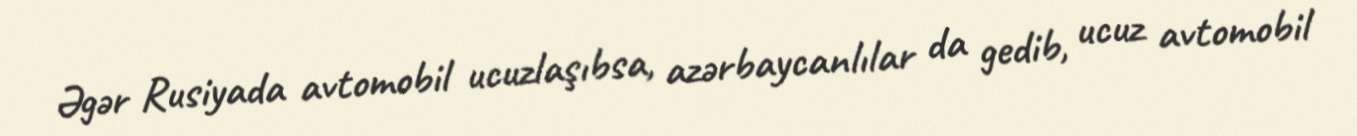
Əgər Rusiyada avtomobil ucuzlaşıbsa, azərbaycanlılar da gedib, ucuz avtomobil